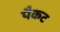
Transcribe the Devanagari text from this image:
पैकट